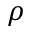
\rho